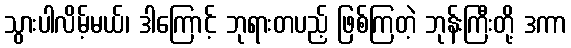
သွားပါလိမ့်မယ်၊ ဒါကြောင့် ဘုရားတပည့် ဖြစ်ကြတဲ့ ဘုန်းကြီးတို့ ဒကာ